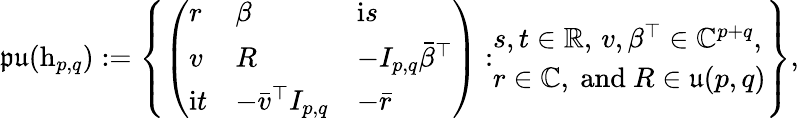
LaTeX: \mathfrak{pu}(\mathrm{h}_{p,q}):=\left\{ \left(\begin{array}{lll}{r}&{\beta}&{\mathrm{i}s}\\ {v}&{R}&{-I_{p,q}\bar{\beta}^{\top}}\\ {\mathrm{i}t}&{-\bar{v}^{\top}I_{p,q}}&{-\bar{r}}\end{array}\right):\begin{array}{l}{s,t\in\mathbb{R},\, v,\beta^{\top}\in\mathbb{C}^{p+q},}\\ {r\in\mathbb{C},\mathrm{~and~}R\in\mathfrak{u}(p,q)}\end{array}\right\} ,